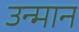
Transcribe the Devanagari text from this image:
उन्मान